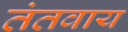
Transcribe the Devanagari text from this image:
तंतवाय